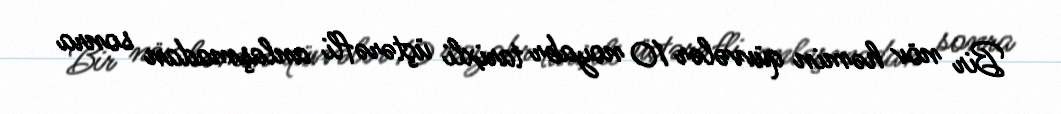
Bir növ həmin qüvvələr 10 noyabr tarixli üçtərəfli anlaşmadan sonra